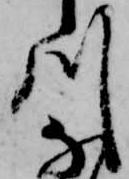
川